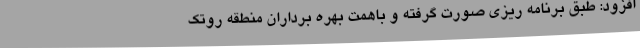
افزود: طبق برنامه ریزی صورت گرفته و باهمت بهره برداران منطقه روتک